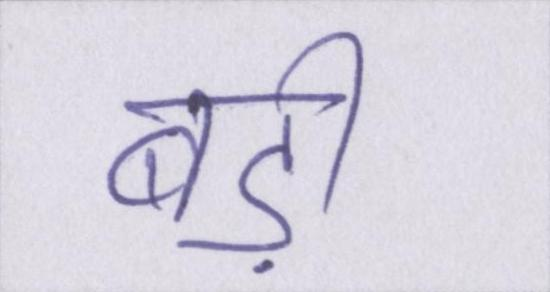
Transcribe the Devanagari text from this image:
बड़ी